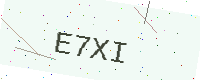
Text: E7XI